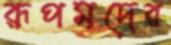
রূপমদের